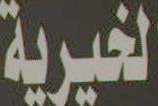
الخيرية